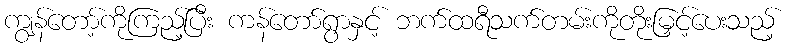
ကျွန်တော့်ကိုကြည့်ပြီး ကန်တော်ရွာနှင့် ဘက်ထရီသက်တမ်းကိုတိုးမြှင့်ပေးသည့်